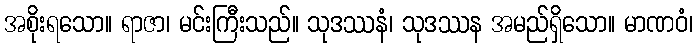
အစိုးရသော။ ရာဇာ၊ မင်းကြီးသည်။ သုဒဿနံ၊ သုဒဿန အမည်ရှိသော။ မာဏဝံ၊